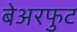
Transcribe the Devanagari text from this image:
बेअरफुट